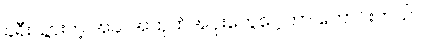
ခရီးသွားတဲ့ အခါ အထုတ်အပိုးတွေပေါ့တာ ကောင်းတယ်။